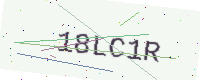
Text: 18LC1R